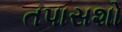
તપાસશો